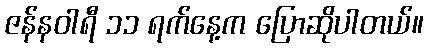
ဇန်နဝါရီ ၁၁ ရက်နေ့က ပြောဆိုပါတယ်။